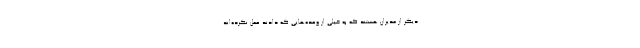
دیگر از مدیران هستند که به خیلی از وعده‌هایی که دادند عمل نکرده‌اند.